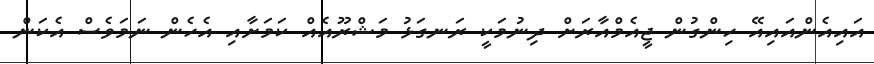
އައިއެންއައިއޭ ހިންގުން ޖީއެމްއާރަށް ދިނުމަކީ ރަނގަޅު މަޝްރޫއެއް ކަމަށާއި އެހެން ނަމަވެސް އެކަން